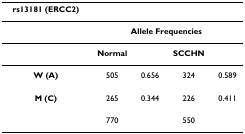
<table><thead><tr><td><b>rs13181 (ERCC2)</b></td><td></td><td></td><td></td><td></td></tr></thead><tbody><tr><td></td><td colspan="4"><b>Allele Frequencies</b></td></tr><tr><td></td><td><b>Normal</b></td><td></td><td><b>SCCHN</b></td><td></td></tr><tr><td><b>W (A)</b></td><td>505</td><td>0.656</td><td>324</td><td>0.589</td></tr><tr><td><b>M (C)</b></td><td>265</td><td>0.344</td><td>226</td><td>0.411</td></tr><tr><td></td><td>770</td><td></td><td>550</td><td></td></tr></tbody></table>